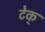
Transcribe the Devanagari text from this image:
टेक्